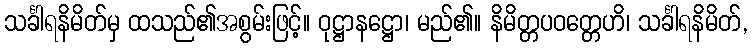
သင်္ခါရနိမိတ်မှ ထသည်၏အစွမ်းဖြင့်။ ဝုဋ္ဌာနဋ္ဌော၊ မည်၏။ နိမိတ္တပဝတ္တေဟိ၊ သင်္ခါရနိမိတ်,